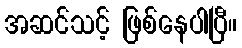
အဆင်သင့် ဖြစ်နေပါပြီ။